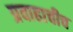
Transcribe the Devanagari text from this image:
प्रवाहाचीच